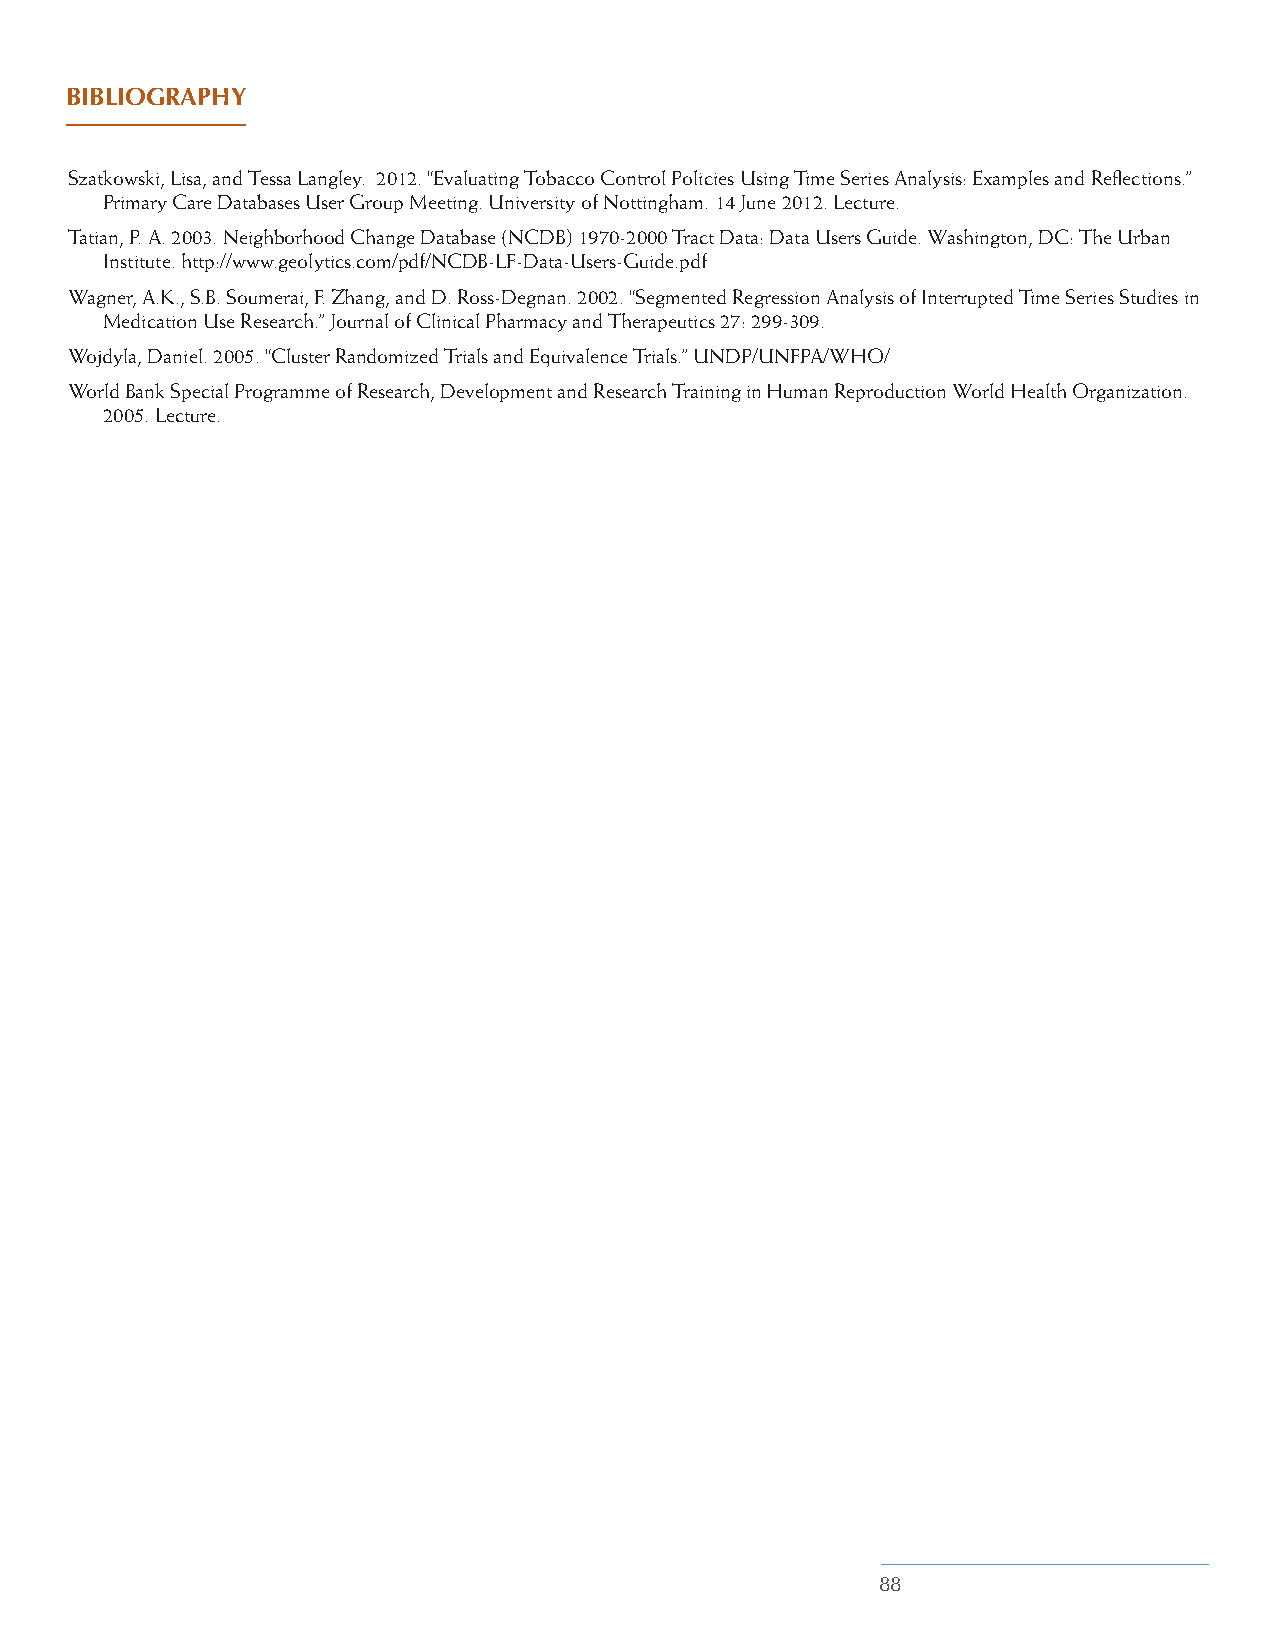
BIBLIOGRAPHY
 Szatkowski, Lisa, and Tessa Langley. 2012. “Evaluating Tobacco Control Policies Using Time Series Analysis: Examples and Reflections.”
 Primary Care Databases User Group Meeting. University of Nottingham. 14 June 2012. Lecture.
 Tatian, P. A. 2003. Neighborhood Change Database (NCDB) 1970-2000 Tract Data: Data Users Guide. Washington, DC: The Urban
 Institute. http://www.geolytics.com/pdf/NCDB-LF-Data-Users-Guide.pdf
 Wagner, A.K., S.B. Soumerai, F. Zhang, and D. Ross-Degnan. 2002. “Segmented Regression Analysis of Interrupted Time Series Studies in
 Medication Use Research.” Journal of Clinical Pharmacy and Therapeutics 27: 299-309.
 Wojdyla, Daniel. 2005. “Cluster Randomized Trials and Equivalence Trials.” UNDP/UNFPA/WHO/
 World Bank Special Programme of Research, Development and Research Training in Human Reproduction World Health Organization.
 2005. Lecture.
 88